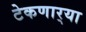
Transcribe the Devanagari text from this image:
टेकणार्‍या